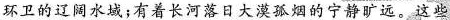
环卫的辽阔水域；有着长河落日大漠孤烟的宁静旷远。这些